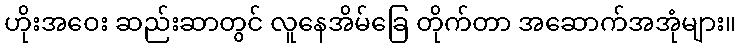
ဟိုးအဝေး ဆည်းဆာတွင် လူနေအိမ်ခြေ တိုက်တာ အဆောက်အအုံများ။